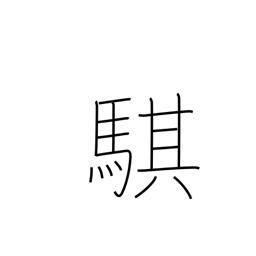
Meaning: fast horse